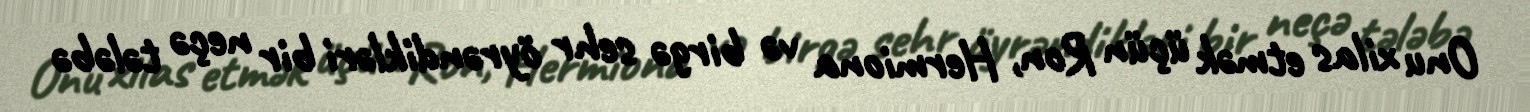
Onu xilas etmək üçün Ron, Hermiona və birgə sehr öyrəndikləri bir neçə tələbə